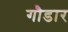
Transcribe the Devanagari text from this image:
गौडार